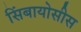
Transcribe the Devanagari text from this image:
सिंबायोसीस